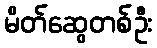
မိတ်ဆွေတစ်ဦး